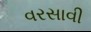
વરસાવી